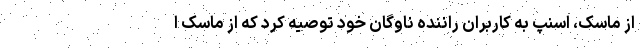
از ماسک، اسنپ به کاربران راننده ناوگان خود توصیه کرد که از ماسک ا